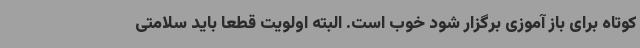
کوتاه برای باز آموزی برگزار شود خوب است. البته اولویت قطعا باید سلامتی